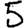
Digit: 5